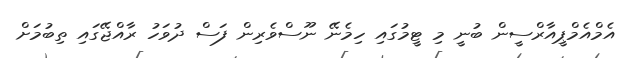
އެމްއެމްޕީއާރްސީން ބުނީ މި ޓީމުގައި ހިމެނޭ ނޫސްވެރިން ފަސް ދުވަހު ރާއްޖޭގައި ތިބުމަށް